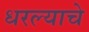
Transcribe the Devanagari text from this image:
धरल्याचे